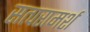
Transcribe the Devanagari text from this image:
सत्परामर्श